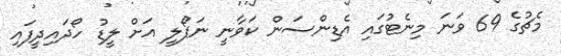
މެޗުގެ 69 ވަނަ މިނެޓުގައި އެޑިންސަން ކަވާނީ ނަޕޯލީ އަށް ލީޑު ހޯދައިދީފައި